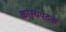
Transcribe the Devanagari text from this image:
कांस्यपदके